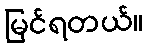
မြင်ရတယ်။